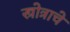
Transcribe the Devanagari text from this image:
स्त्रोत्राचे